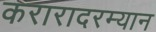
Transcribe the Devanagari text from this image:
करारादरम्यान